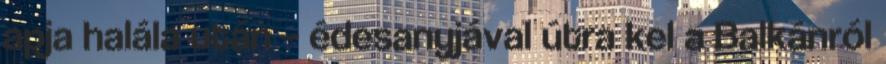
apja halála után – édesanyjával útra kel a Balkánról